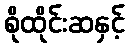
စိုထိုင်းဆနှင့်